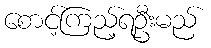
စောင့်ကြည့်ရဦးမည်